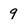
Character: 9